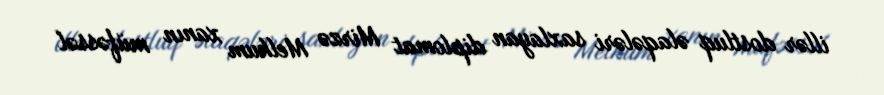
illər dostluq əlaqələri saxlayan diplomat Mirzə Melkum xanın müfəssəl